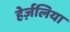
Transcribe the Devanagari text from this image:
हेर्ज़लिया